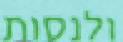
ולנסות